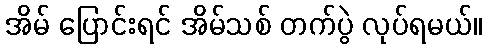
အိမ် ပြောင်းရင် အိမ်သစ် တက်ပွဲ လုပ်ရမယ်။